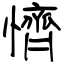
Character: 懠